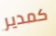
كمدير